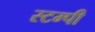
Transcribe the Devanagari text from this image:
स्टम्पी